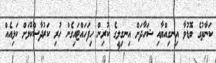
ކަނާތުގެ ބޮޑުވާ އިނގިއްޔާއި ޝަހާދަށް އިނގިލީގެ ކުރިން ހިފަހައްޓައިގެން ހުރި ކަރުދާސްކޮޅަށް ކަޅިއެއް